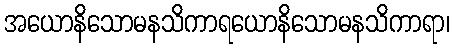
အယောနိသောမနသိကာရယောနိသောမနသိကာရာ၊